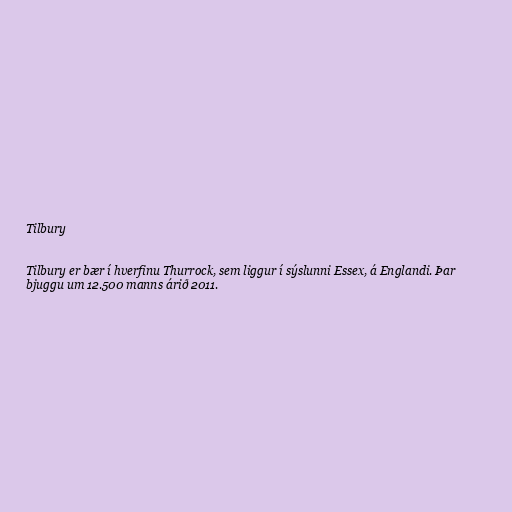
Tilbury

Tilbury er bær í hverfinu Thurrock, sem liggur í sýslunni Essex, á Englandi. Þar
bjuggu um 12.500 manns árið 2011.